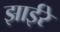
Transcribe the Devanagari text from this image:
झाईरे